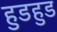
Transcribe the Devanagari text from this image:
हुडहुड